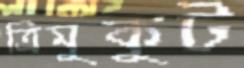
ত্রিমুকুট